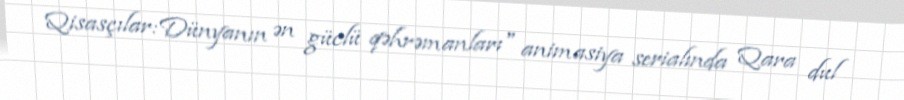
Qisasçılar:Dünyanın ən güclü qəhrəmanları" animasiya serialında Qara dul